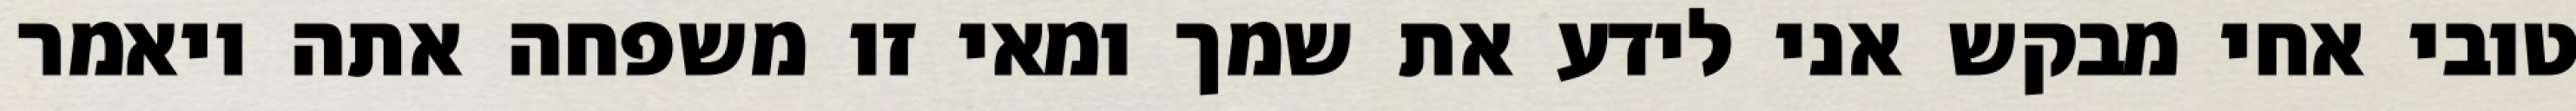
טובי אחי מבקש אני לידע את שמך ומאי זו משפחה אתה ויאמר